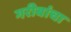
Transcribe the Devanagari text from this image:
गरीबांचा